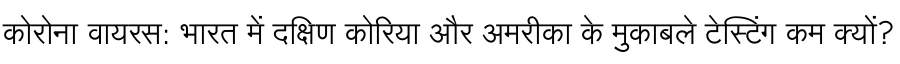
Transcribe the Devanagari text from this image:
कोरोना वायरस: भारत में दक्षिण कोरिया और अमरीका के मुकाबले टेस्टिंग कम क्यों?